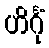
ဟိင်္ဂုံ